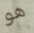
هو